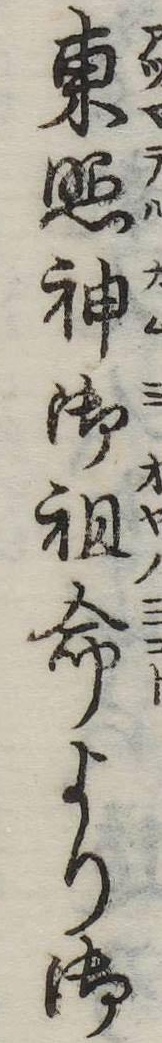
東照神御祖命より御